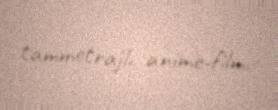
tammetrajlı anime-film.